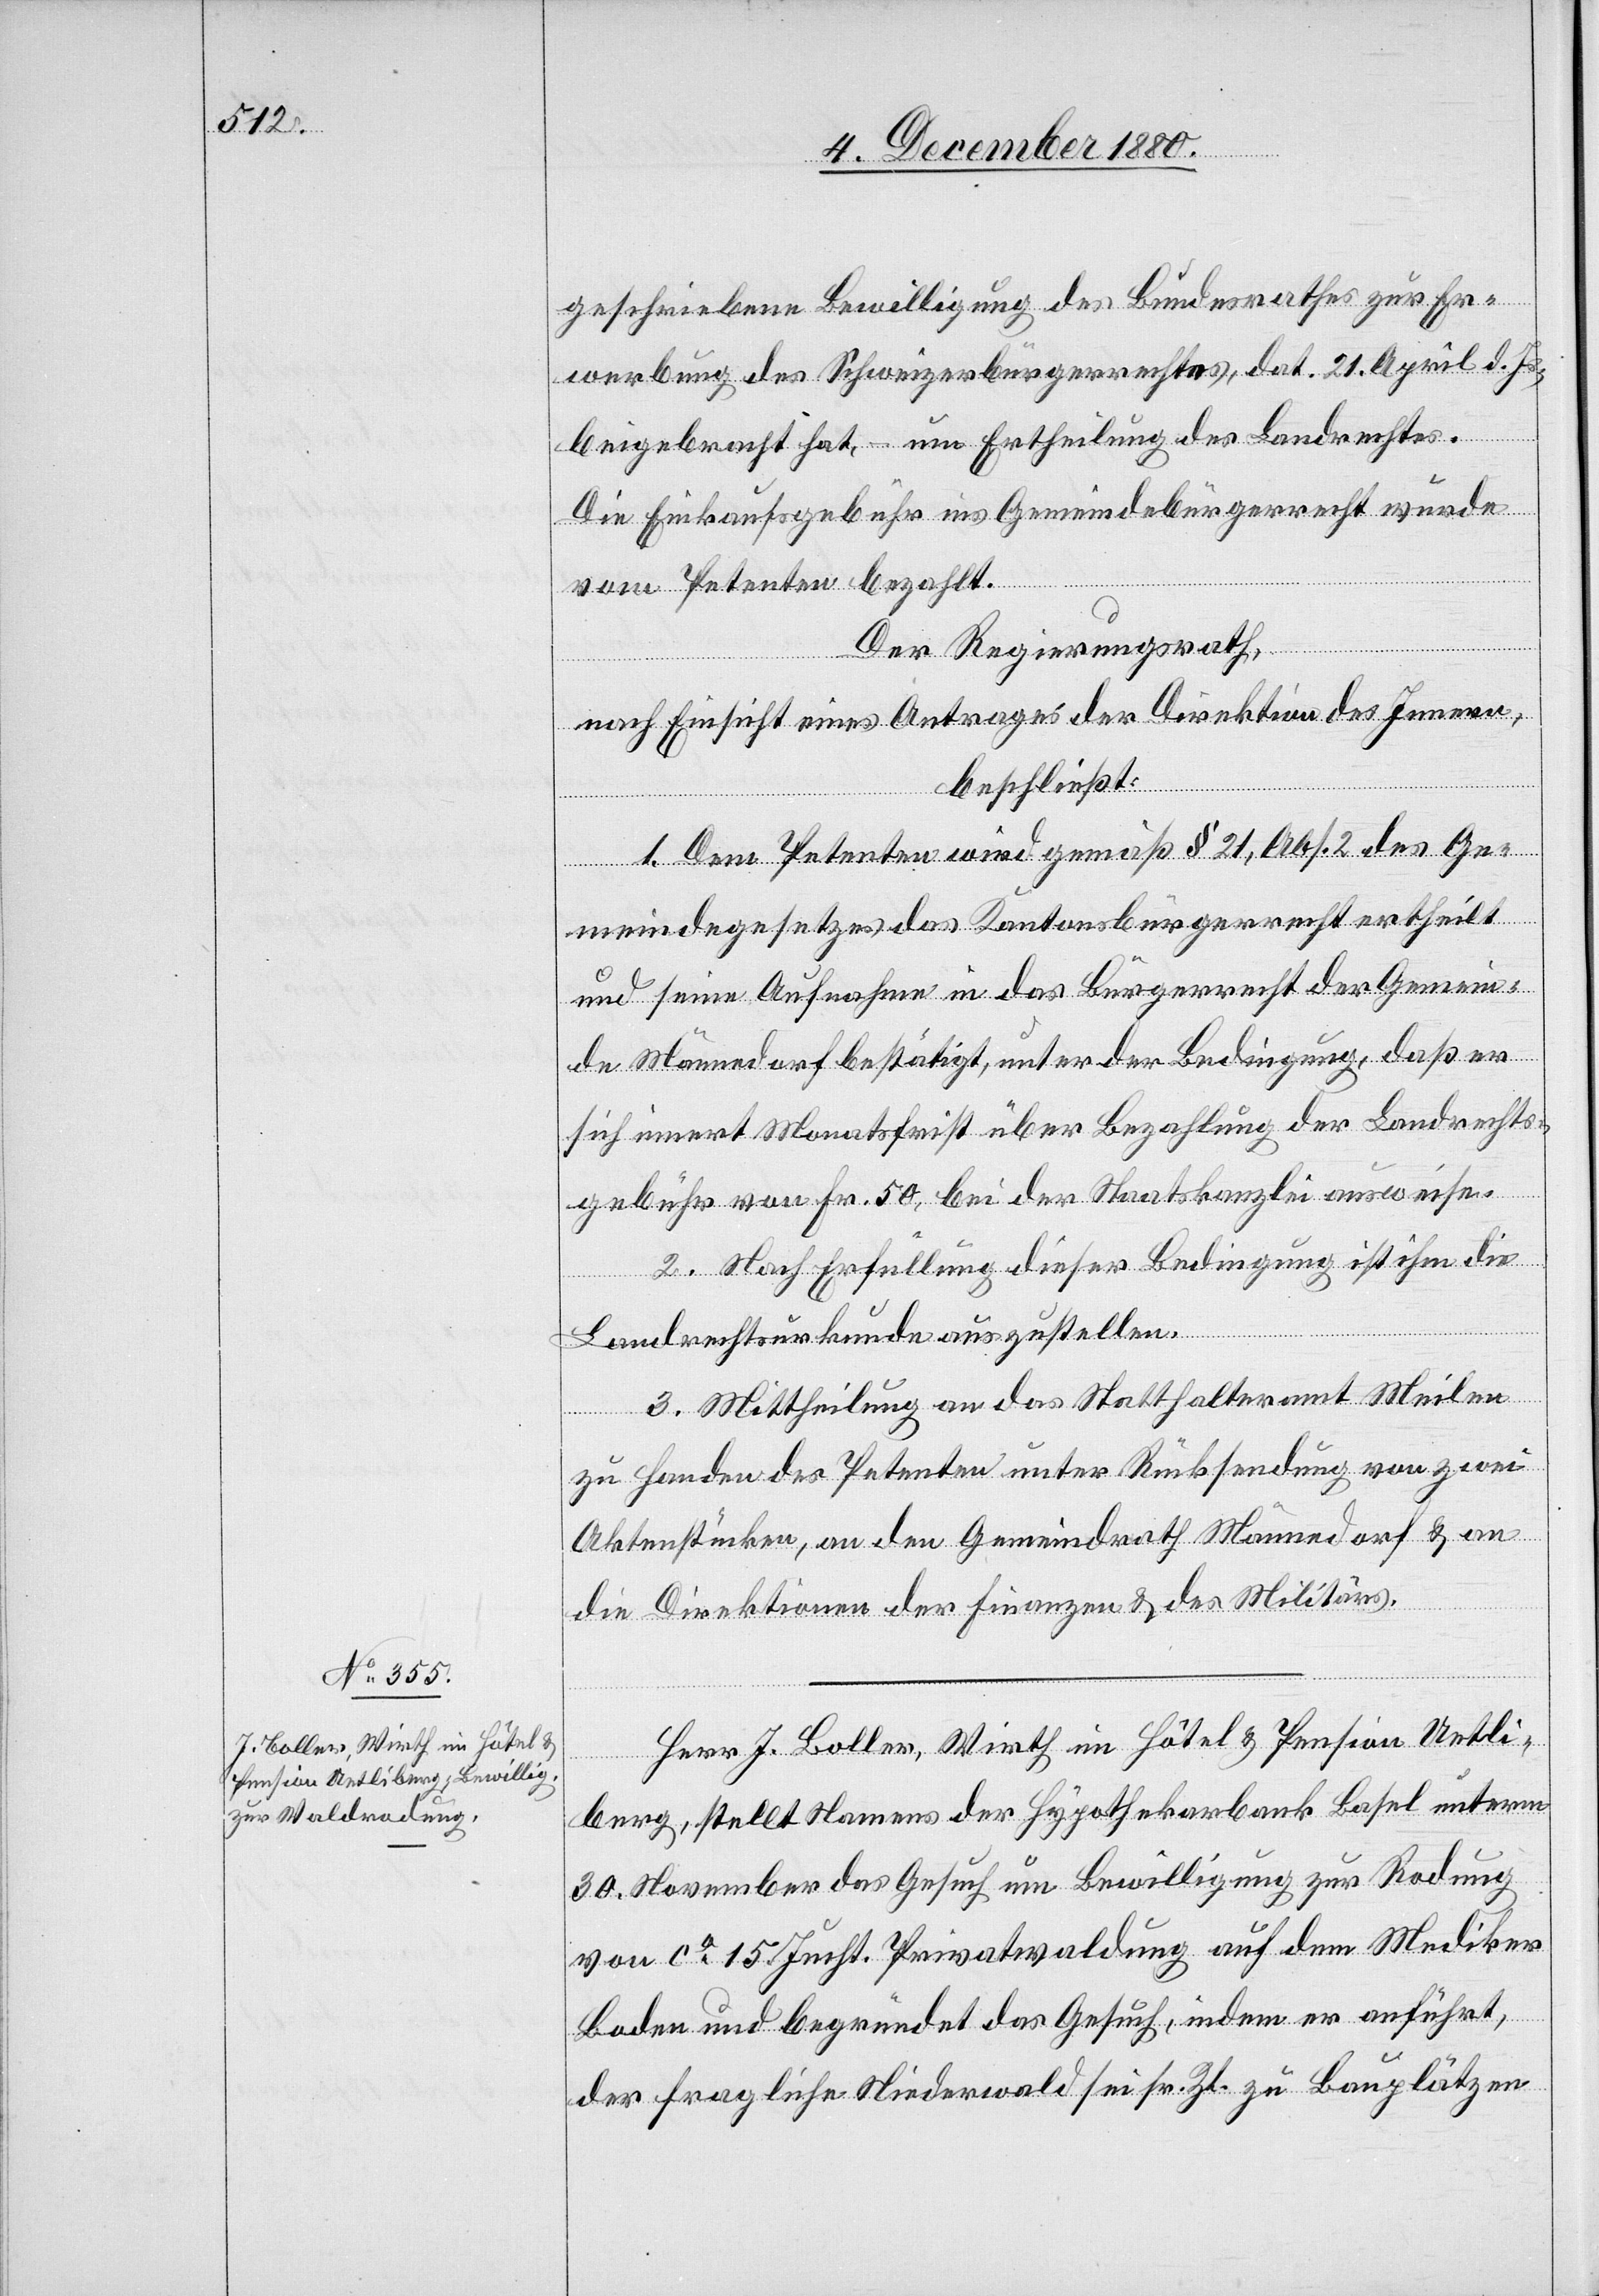
geschriebene Bewilligung des Bundesrathes zur Er¬
werbung des Schweizerbürgerrechtes, dat. 21. April d. Js.,
beigebracht hat, – um Ertheilung des Landrechtes.
Die Einkaufsgebühr ins Gemeindebürgerrecht wurde
vom Petent bezahlt.
Der Regierungsrath,
nach Einsicht eines Antrages der Direktion des Innern,
beschließt:
1. Dem Petenten wird gemäß § 21, Abs. 2 des Ge¬
meindegesetzes das Kantonsbürgerrecht ertheilt
und seine Aufnahme in das Bürgerrecht der Gemein¬
de Männedorf bestätigt, unter der Bedingung, daß er
sich innert Monatsfrist über Bezahlung der Landrechts¬
gebühr von Fr. 50, bei der Staatskanzlei ausweise.
2. Nach Erfüllung dieser Bedingung ist ihm die
Landrechtsurkunde auszustellen.
3. Mittheilung an das Statthalteramt Meilen
zu Handen des Petenten unter Rücksendung von zwei
Aktenstücken, an den Gemeindrath Männedorf & an
die Direktion der Finanzen & des Militärs.
Herr J. Boller, Wirth im Hôtel & Pension Uetli¬
berg, stellt Namens der Hypothekarbank Basel unterm
30. November das Gesuch um Bewilligung zur Rodung
von ca 15 Jucht. Privatwaldung auf dem Mediker
Boden und begründet das Gesuch, indem er anführt,
der fragliche Niederwald sei sr. Zt. zu Bauplätzen